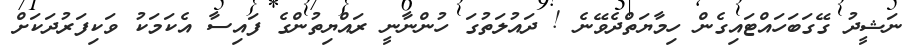
ނަޝީދު ގޭގަބަހައްޓައިގެން ހިމާޔަތްދެވޭނެ ! ދައުލަތުގަ ހުންނާނީ ރައްޔިތުންގެ ފައިސާ އެކަމަކު ވަކިފަރުދަކަށް